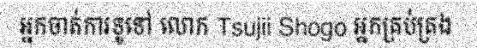
អ្នកចាត់ការទូទៅ លោក Tsujii Shogo អ្នកគ្រប់គ្រង